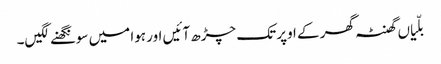
بلّیاں گھنٹہ گھر کے اوپر تک چڑھ آئیں اور ہوا میں سونگھنے لگیں۔